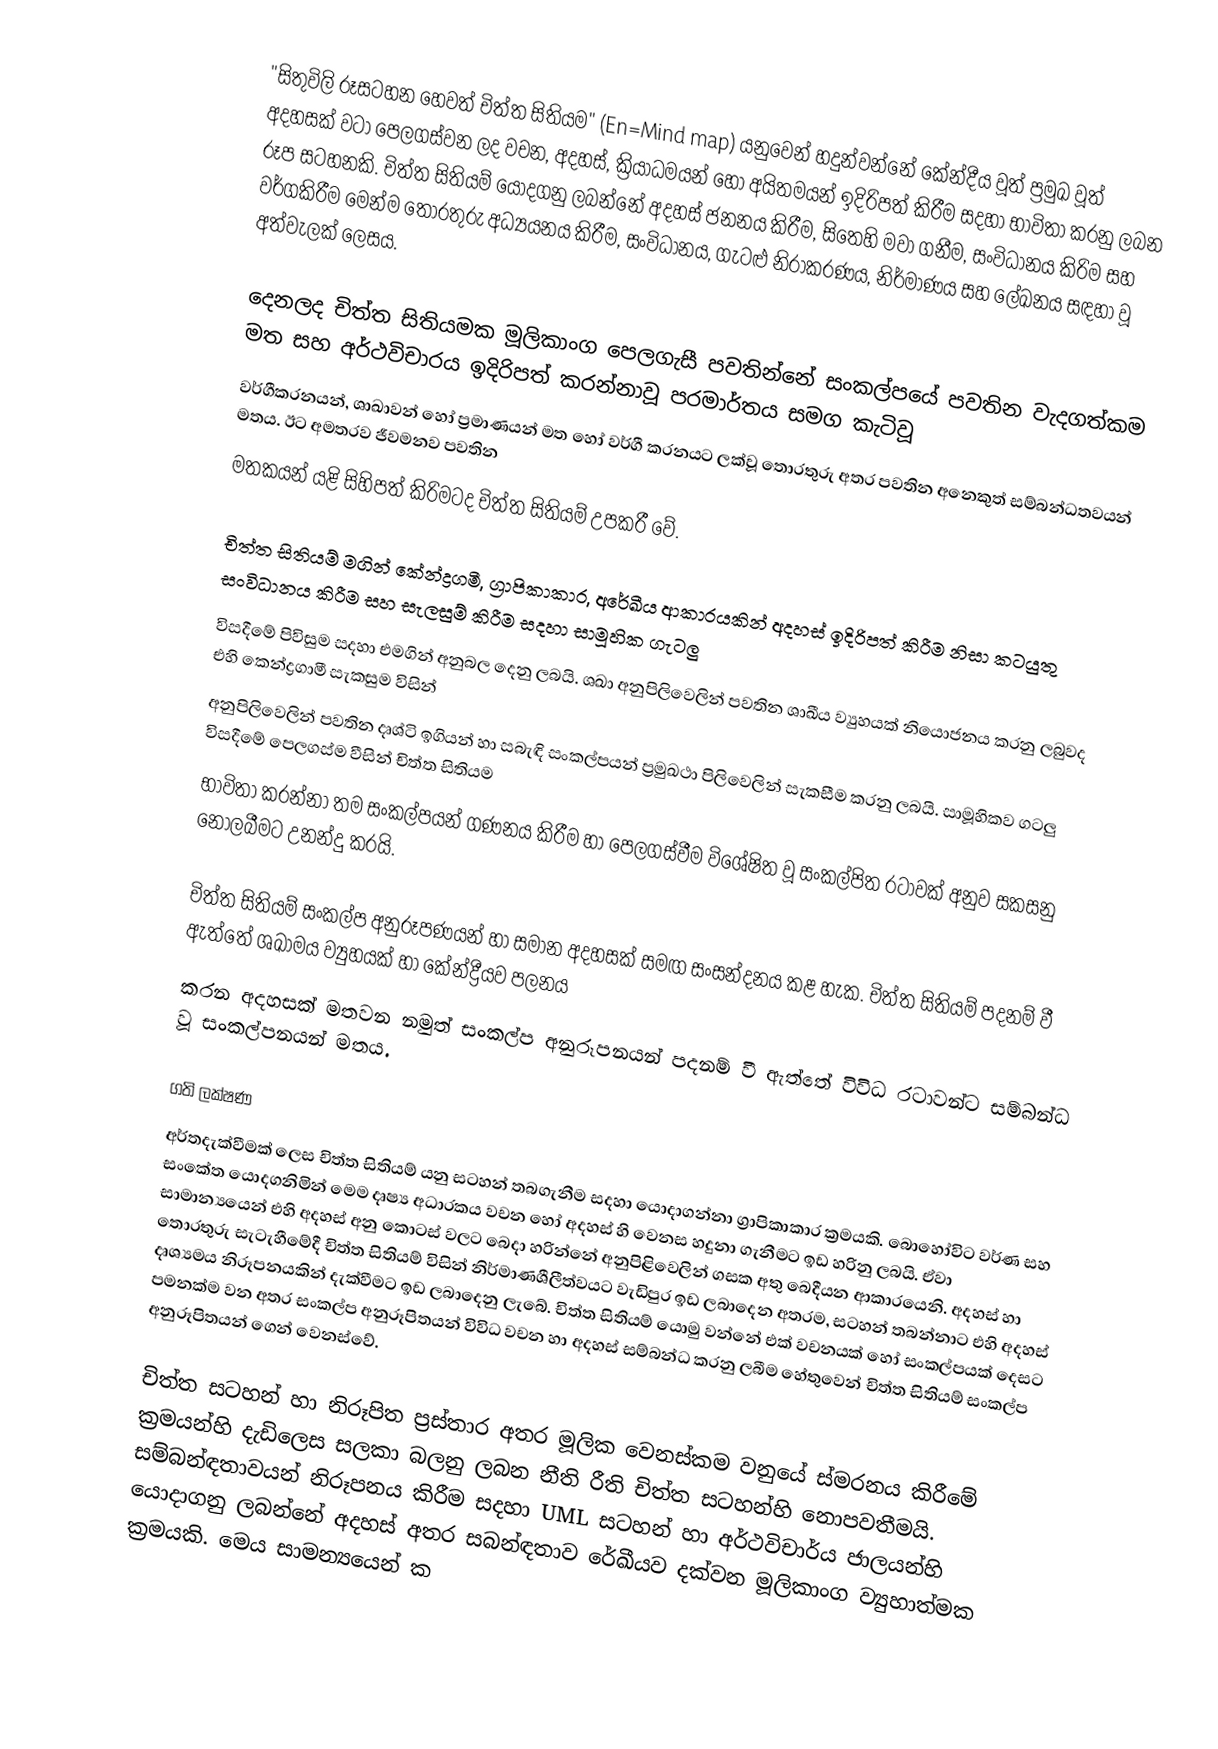
"සිතුවිලි රූසටහන හෙවත් චිත්ත සිතියම" (En=Mind map) යනුවෙන් හදුන්වන්නේ කේන්දීය වූත් ප්‍රමුඛ වූත් අදහසක් වටා පෙලගස්වන ලද වචන, අදහස්, ක්‍රියාධමයන් හෝ අයිතමයන් ඉදිරිපත් කිරීම සදහා භාවිතා කරනු ලබන රූප සටහනකි. චිත්ත සිතියම් යොදගනු ලබන්නේ අදහස් ජනනය කිරීම, සිතෙහි මවා ගනීම, සංවිධානය කිරිම සහ වර්ගකිරීම මෙන්ම තොරතුරු අධ්‍යයනය කිරීම, සංවිධානය, ගැටළු නිරාකරණය, නිර්මාණය සහ ලේඛනය සඳහා වූ අත්වැලක් ලෙසය.

දෙනලද චිත්ත සිතියමක මූලිකාංග පෙලගැසී පවතින්නේ සංකල්පයේ පවතින වැදගත්කම මත සහ අර්ථවිචාරය ඉදිරිපත් කරන්නාවූ පරමාර්තය සමග කැටිවූ
වර්ගීකරනයන්, ශාඛාවන් හෝ ප්‍රමාණයන් මත හෝ වර්ගී කරනයට ලක්වූ තොරතුරු අතර පවතින අනෙකුත් සම්බන්ධතවයන් මතය. ඊට අමතරව ජීවමනව පවතින
මතකයන් යළි සිහිපත් කිරිමටද චිත්ත සිතියම් උපකරී වේ.

චිත්ත සිතියම් මගින් කේන්ද්‍රගමී, ග්‍රාපිකාකාර, අරේඛීය ආකාරයකින් අදහස් ඉදිරිපත් කිරීම නිසා කටයුතු සංවිධානය කිරීම සහ සැලසුම් කිරීම සදහා සාමූහික ගැටලු
විසදීමේ පිවිසුම සදහා එමගින් අනුබල දෙනු ලබයි. ශඛා අනුපිලිවෙලින් පවතින ශාඛීය ව්‍යුහයක් නියොජනය කරනු ලබුවද එහි කෙන්ද්‍රගාමී සැකසුම විසින්
අනුපිලිවෙලින් පවතින දෘශ්ටි ඉගියන් හා සබැඳි සංකල්පයන් ප්‍රමුඛථා පිලිවෙලින් සැකසීම කරනු ලබයි. සාමූහිකව ගටලු විසදීමේ පෙලගස්ම වීසින් චිත්ත සිතියම
භාවිතා කරන්නා තම සංකල්පයන් ගණනය කිරීම හා පෙලගස්වීම විශේෂිත වූ සංකල්පිත රටාවක් අනුව සකසනු නොලබීමට උනන්දු කරයි.

චිත්ත සිතියම් සංකල්ප අනුරූපණයන් හා සමාන අදහසක් සමඟ සංසන්දනය කළ හැක. චිත්ත සිතියම් පදනම් වී ඇත්තේ ශඛාමය ව්‍යුහයක් හා කේන්ද්‍රීයව පලනය
කරන අදහසක් මතවන නමුත් සංකල්ප අනුරූපනයන් පදනම් වී ඇත්තේ විවිධ රටාවන්ට සම්බන්ධ වූ සංකල්පනයන් මතය.

ගති ලක්ෂණ
අර්තදැක්වීමක් ලෙස චිත්ත සිතියම් යනු සටහන් තබගැනීම සදහා යොදාගන්නා ග්‍රාපිකාකාර ක්‍රමයකි. බොහෝවිට වර්ණ සහ සංකේත යොදගනිමින් මෙම දෘෂ්‍ය අධාරකය වචන හෝ අදහස් හි වෙනස හදුනා ගැනීමට ඉඩ හරිනු ලබයි. ඒවා සාමාන්‍යයෙන් එහි අදහස් අනු කොටස් වලට බෙදා හරින්නේ අනුපිළිවෙලින් ගසක අතු බෙදීයන ආකාරයෙනි. අදහස් හා තොරතුරු සැටැහීමේදී චිත්ත සිතියම් විසින් නිර්මාණශීලීත්වයට වැඩිපුර ඉඩ ලබාදෙන අතරම, සටහන් තබන්නාට එහි අදහස් දෘශ්‍යමය නිරූපනයකින් දැක්වීමට ඉඩ ලබාදෙනු ලැබේ. චිත්ත සිතියම් යොමු වන්නේ එක් වචනයක් හෝ සංකල්පයක් දෙසට පමනක්ම වන අතර සංකල්ප අනුරූපිතයන් විවිධ වචන හා අදහස් සම්බන්ධ කරනු ලබීම හේතුවෙන් චිත්ත සිතියම් සංකල්ප අනුරූපිතයන් ගෙන් වෙනස්වේ.

චිත්ත සටහන් හා නිරූපිත ප්‍රස්තාර අතර මූලික වෙනස්කම වනුයේ ස්මරනය කිරීමේ ක්‍රමයන්හි දැඩිලෙස සලකා බලනු ලබන නීති රීති චිත්ත සටහන්හි නොපවතීමයි. සම්බන්ඳතාවයන් නිරූපනය කිරීම සදහා UML සටහන් හා අර්ථවිචාර්ය ජාලයන්හි යොදාගනු ලබන්නේ අදහස් අතර සබන්ඳතාව රේඛීයව දක්වන මූලිකාංග ව්‍යුහාත්මක ක්‍රමයකි. මෙය සාමන්‍යයෙන් ක